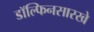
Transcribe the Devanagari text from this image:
डॉल्फिनसारखे